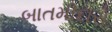
બાતમીદારો